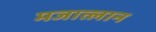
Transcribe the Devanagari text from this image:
मजात्लान